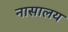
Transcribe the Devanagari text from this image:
नासालय